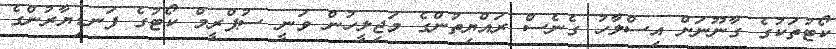
ކޯޓުތަކުގެ ގާނޫނަށް އިސްލާހު ގެނެސް ރައްޔިތުންގެ މަޖިލީހުން ވަނީ ސުޕްރީމް ކޯޓުގެ ފަނޑިޔާރުންގެ